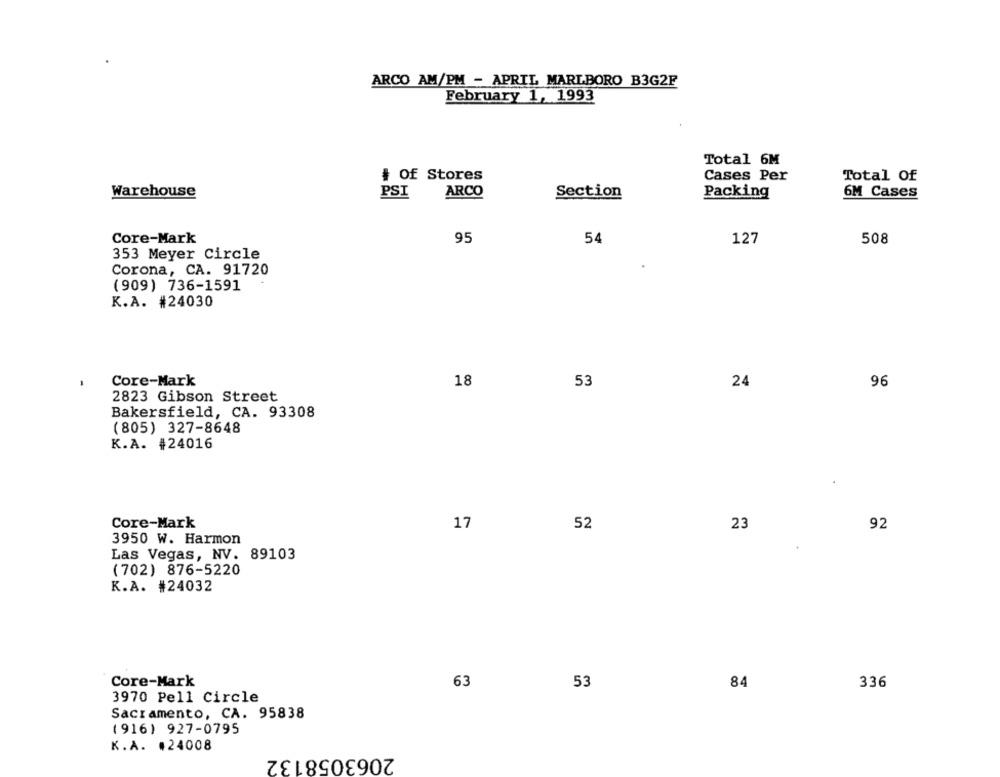
ARCO AM/PM - APRIL MARLBORO B3G2F
February 1, 1993
Total 6M
# Of Stores
Cases Per
Total Of
Warehouse
PSI
ARCO
Section
Packing
6M Cases
Core-Mark
95
54
127
508
353 Meyer Circle
Corona, CA. 91720
(909) 736-1591
K.A. #24030
Core-Mark
18
53
24
96
2823 Gibson Street
Bakersfield, CA. 93308
(805) 327-8648
K.A. #24016
Core-Mark
17
52
23
92
3950 W. Harmon
Las Vegas, NV. 89103
(702) 876-5220
K.A. #24032
Core-Mark
63
53
84
336
3970 Pell Circle
Sacramento, CA. 95838
( 916) 927-0795
K.A. #24008
2063058132